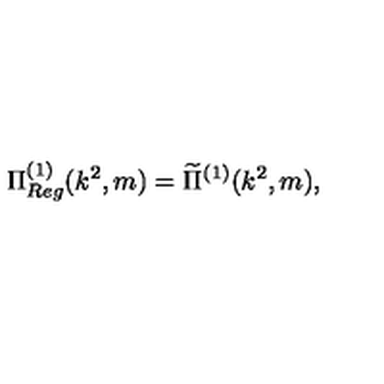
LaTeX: \Pi _ { R e g } ^ { ( 1 ) } ( k ^ { 2 } , m ) = \widetilde { \Pi } ^ { ( 1 ) } ( k ^ { 2 } , m ) ,